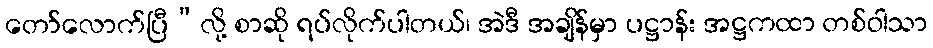
တော်လောက်ပြီ”လို့ စာဆို ရပ်လိုက်ပါတယ်၊ အဲဒီ အချိန်မှာ ပဋ္ဌာန်း အဋ္ဌကထာ တစ်ဝါသာ